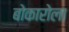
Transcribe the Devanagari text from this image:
बोकारोला